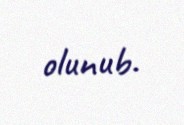
olunub.